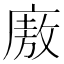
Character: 廒